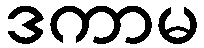
ဒကာမ